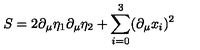
S = 2 \partial _ { \mu } \eta _ { 1 } \partial _ { \mu } \eta _ { 2 } + \sum _ { i = 0 } ^ { 3 } ( \partial _ { \mu } x _ { i } ) ^ { 2 }